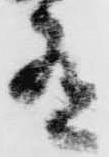
有